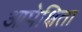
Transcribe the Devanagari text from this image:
आपेक्षिता